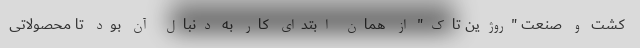
کشت و صنعت "روژین تاک" از همان ابتدای کار به دنبال آن بود تا محصولاتی